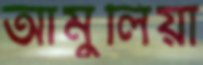
আমুলিয়া